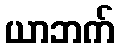
ယာဘက်